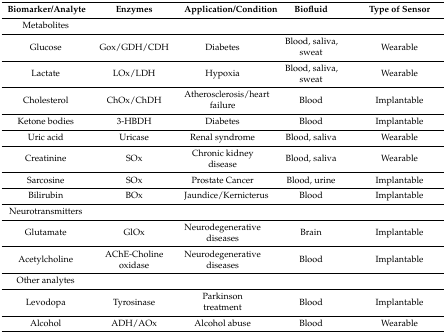
| Biomarker/Analyte | Enzymes | Application/Condition | Biofluid | Type of Sensor |
 | --- | --- | --- | --- | --- |
 | Metabolites |  |  |  |  |
 | Glucose | Gox/GDH/CDH | Diabetes | Blood, saliva, sweat | Wearable |
 | Lactate | LOx/LDH | Hypoxia | Blood, saliva, sweat | Wearable |
 | Cholesterol | ChOx/ChDH | Atherosclerosis/heart failure | Blood | Implantable |
 | Ketone bodies | 3-HBDH | Diabetes | Blood | Implantable |
 | Uric acid | Uricase | Renal syndrome | Blood, saliva | Wearable |
 | Creatinine | SOx | Chronic kidney disease | Blood, saliva | Wearable |
 | Sarcosine | SOx | Prostate Cancer | Blood, urine | Implantable |
 | Bilirubin | BOx | Jaundice/Kernicterus | Blood | Implantable |
 | Neurotransmitters |  |  |  |  |
 | Glutamate | GlOx | Neurodegenerative diseases | Brain | Implantable |
 | Acetylcholine | AChE-Choline oxidase | Neurodegenerative diseases | Blood | Implantable |
 | Other analytes |  |  |  |  |
 | Levodopa | Tyrosinase | Parkinson treatment | Blood | Implantable |
 | Alcohol | ADH/AOx | Alcohol abuse | Blood | Wearable |